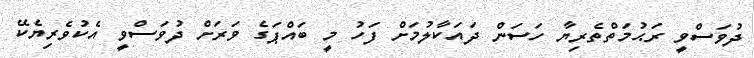
ދުވަސްވީ ރަޙުމަތްތެރިޔާ ހަސަން ދައަކާލުމަށް ފަހު މީ ބައްޕަގެ ވަރަށް ދުވަސްވީ އެކުވެރިޔެކޭ